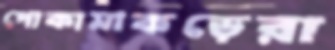
পোকামাকড়েরা